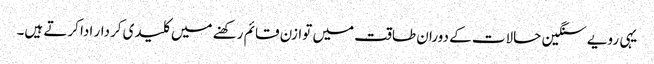
یہی رویے سنگین حالات کے دوران طاقت میں توازن قائم رکھنے میں کلیدی کردار ادا کرتے ہیں۔